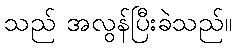
သည် အလွန်ပြီးခဲသည်။